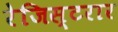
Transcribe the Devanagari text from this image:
रेजिस्टरार